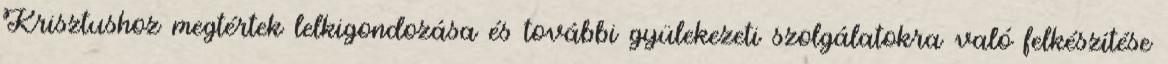
Krisztushoz megtértek lelkigondozása és további gyülekezeti szolgálatokra való felkészítése